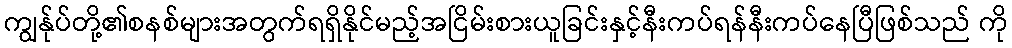
ကျွန်ုပ်တို့၏စနစ်များအတွက်ရရှိနိုင်မည့်အငြိမ်းစားယူခြင်းနှင့်နီးကပ်ရန်နီးကပ်နေပြီဖြစ်သည် ကို